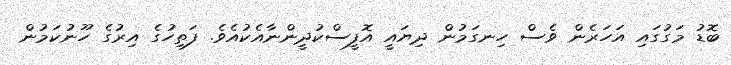
ބޮޑު މަގުގައި އަހަރެން ވެސް ހިނގަމުން ދިޔައީ އޮފީސްކުދީންނާއެކުއެވެ. ފަތިހުގެ އިރުގެ ހޫނުކަމުން